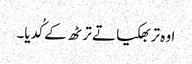
اوہ تربھکیا تے ترٹھ کے کُدیا۔